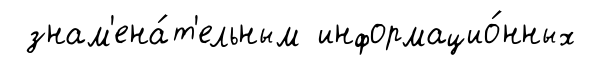
знам'ена́т'ельным информацио́нных